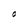
Character: O